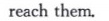
reach them.